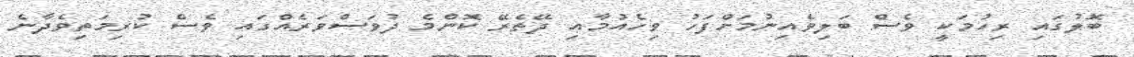
ބޮލުގައި ރިހުމަކީ ވެސް ބަލިވެއިނުމަށްފަހު ވިހެއުމާއި ދޭތެރޭ ކޮންމެ ދުވަސްވަރެއްގައި ވެސް ކުރިމަތިވެދާނެ